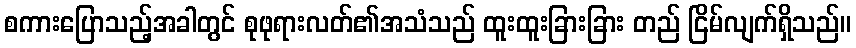
စကားပြောသည့်အခါတွင် စုဖုရားလတ်၏အသံသည် ထူးထူးခြားခြား တည် ငြိမ်လျက်ရှိသည်။